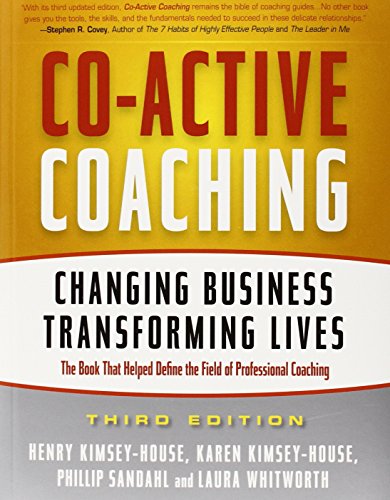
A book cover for Co-Active Coaching: Changing Business, Transforming Lives; Henry Kimsey-House; Business & Money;